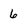
Character: 6